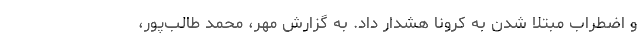
و اضطراب مبتلا شدن به کرونا هشدار داد. به گزارش مهر، محمد طالب‌پور،